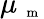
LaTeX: \mu_{\mathrm{~\scriptsize~m~}}